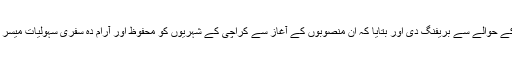
اجلاس کے دوران سیکرٹری ٹرانسپورٹ طحہ احمد فاروقی نے ٹرانسپورٹ کو نئے منصوبوں کے حوالے سے بریفنگ دی اور بتایا کہ ان منصوبوں کے آغاز سے کراچی کے شہریوں کو محفوظ اور آرام دہ سفری سہولیات میسر آئیں گی اور لوگ اپنی گاڑیوں کی بجائے پبلک ٹرانسپورٹ کے ذریعہ سفر کو ترجیح دیں گے ۔